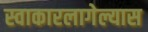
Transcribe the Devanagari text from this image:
स्वाकारलागेल्यास